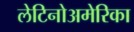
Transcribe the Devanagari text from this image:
लेटिनोअमेरिका